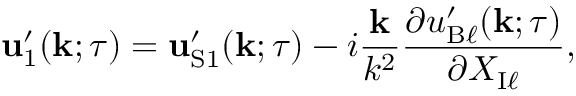
{ \bf { u } } _ { 1 } ^ { \prime } ( { \bf { k } } ; \tau ) = { \bf { u } } _ { \mathrm { { S } } 1 } ^ { \prime } ( { \bf { k } } ; \tau ) - i \frac { { \bf { k } } } { k ^ { 2 } } \frac { \partial u _ { \mathrm { { B } } \ell } ^ { \prime } ( { \bf { k } } ; \tau ) } { \partial X _ { \mathrm { { I } } \ell } } ,